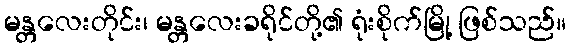
မန္တလေးတိုင်း၊ မန္တလေးခရိုင်တို့၏ ရုံးစိုက်မြို့ ဖြစ်သည်။